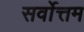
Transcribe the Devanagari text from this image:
सर्वाेत्तम